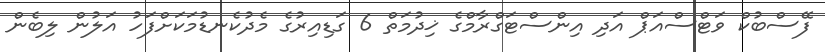
ފޭސްބުކް ވަޓްސްއަޕް އަދި އިންސްޓަގްރާމްގެ ޚިދުމަތް 6 ގަޑިއިރުގެ މެދުކެނޑުމަކަށްފަހު އަލުން ލިބެން